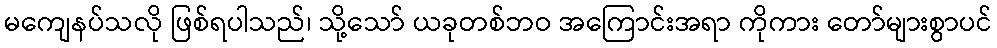
မကျေနပ်သလို ဖြစ်ရပါသည်၊ သို့သော် ယခုတစ်ဘဝ အကြောင်းအရာ ကိုကား တော်များစွာပင်